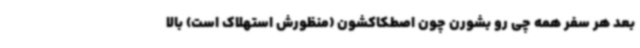
بعد هر سفر همه چی رو بشورن چون اصطکاکشون (منظورش استهلاک است) بالا